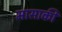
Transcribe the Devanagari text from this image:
मासाकी